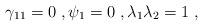
LaTeX: \begin{align*}\gamma_{11} = 0 \;, \psi_1 = 0 \;, \lambda_1 \lambda_2 = 1 \;,\end{align*}